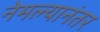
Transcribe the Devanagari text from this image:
नेमल्यानंतर